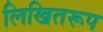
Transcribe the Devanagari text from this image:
लिखितरूप